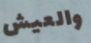
والعيش